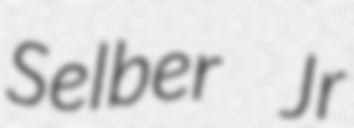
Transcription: Selber Jr